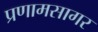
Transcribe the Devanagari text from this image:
प्रणामसागर